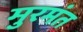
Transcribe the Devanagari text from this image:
मुरमंत